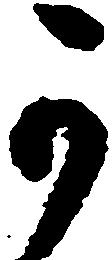
可